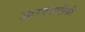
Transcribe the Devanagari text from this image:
आरएसपीबी